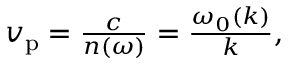
\begin{array} { r } { v _ { \mathrm { p } } = \frac { c } { n ( \omega ) } = \frac { \omega _ { 0 } ( k ) } { k } , } \end{array}